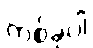
တစ်ခုပါ